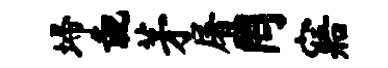
埽彘茅屠罔寤